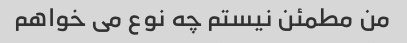
من مطمئن نیستم چه نوع می خواهم